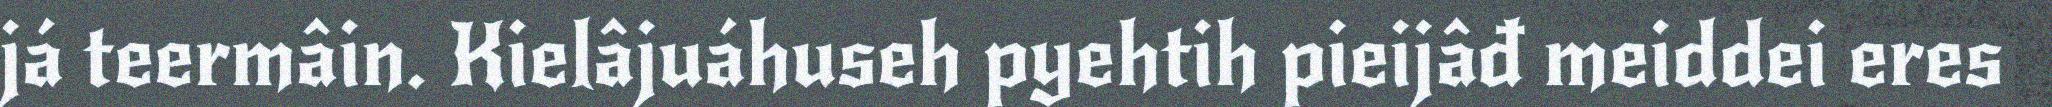
já teermâin. Kielâjuáhuseh pyehtih pieijâđ meiddei eres